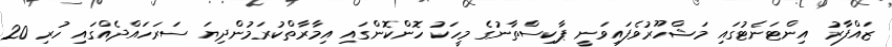
ޒައްފާރު އިންޓަނެޓުގައި މަޝްހޫރުވެފައިވަނީ ޕާކިސްތާނުގެ މީހަކު ހޮންކޮންގައި އިމާރާތްކުރަމުންދިޔަ ސަރަހައްދެއްގައި ހުރި 20